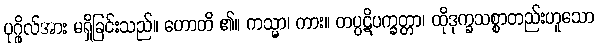
ပုဂ္ဂိုလ်အား မရှိခြင်းသည်။ ဟောတိ ၏။ ကသ္မာ၊ ကား။ တပ္ပဋိပက္ခတ္တာ၊ ထိုဒုက္ခသစ္စာတည်းဟူသော